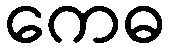
ကေဓ